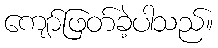
ကျော်ဖြတ်ခဲ့ပါသည်။